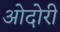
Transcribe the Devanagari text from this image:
ओदोरी